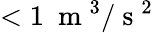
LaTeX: <1~\mathrm{~m~}^{3}/\mathrm{~s~}^{2}